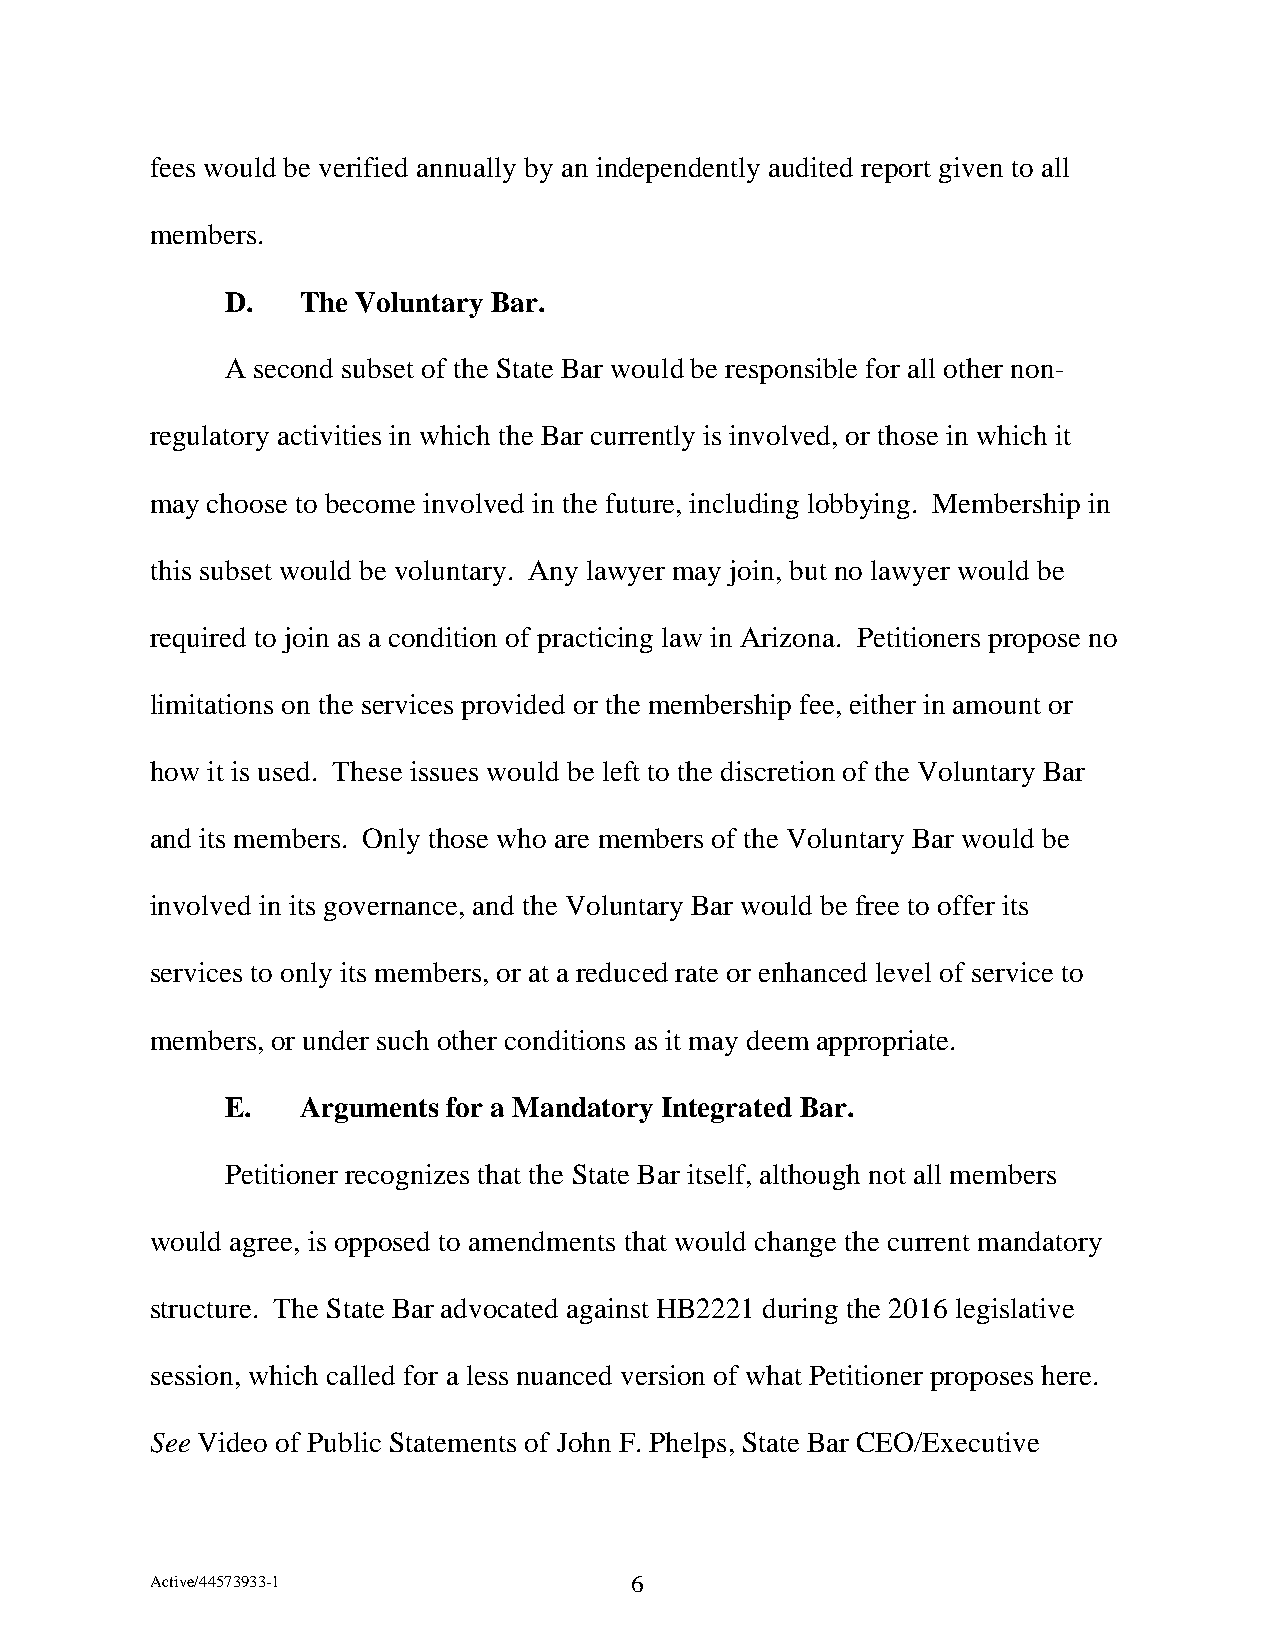
fees would be verified annually by an independently audited report given to all
 members.
 D.   The Voluntary Bar.
 A second subset of the State Bar would be responsible for all other non-
 regulatory activities in which the Bar currently is involved, or those in which it
 may choose to become involved in the future, including lobbying. Membership in
 this subset would be voluntary. Any lawyer may join, but no lawyer would be
 required to join as a condition of practicing law in Arizona. Petitioners propose no
 limitations on the services provided or the membership fee, either in amount or
 how it is used. These issues would be left to the discretion of the Voluntary Bar
 and its members. Only those who are members of the Voluntary Bar would be
 involved in its governance, and the Voluntary Bar would be free to offer its
 services to only its members, or at a reduced rate or enhanced level of service to
 members, or under such other conditions as it may deem appropriate.
 E.   Arguments for a Mandatory Integrated Bar.
 Petitioner recognizes that the State Bar itself, although not all members
 would agree, is opposed to amendments that would change the current mandatory
 structure. The State Bar advocated against HB2221 during the 2016 legislative
 session, which called for a less nuanced version of what Petitioner proposes here.
 See Video of Public Statements of John F. Phelps, State Bar CEO/Executive
 Active/44573933-1               6